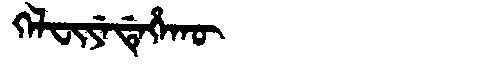
Manchu: ᡴᡝᠯᠸᡳᠶᡝᡩᡝᡥᠠᡴᡡ
Romanization: KELFIYEDEHAKŪ